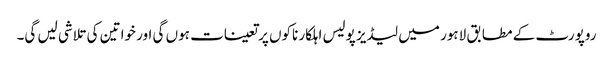
روپورٹ کے مطابق لاہور میں لیڈیز پولیس اہلکار ناکوں پر تعینات ہوں گی اور خواتین کی تلاشی لیں گی۔